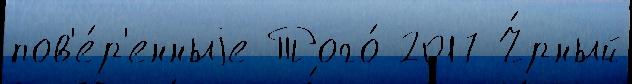
пов'е́р'енныjе Того́ 2017 Ч́рный